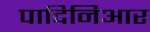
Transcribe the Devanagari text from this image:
पादिनिआर